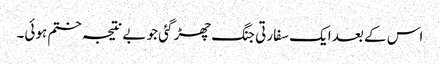
اس کے بعد ایک سفارتی جنگ چھڑ گئی جو بے نتیجہ ختم ہوئی۔